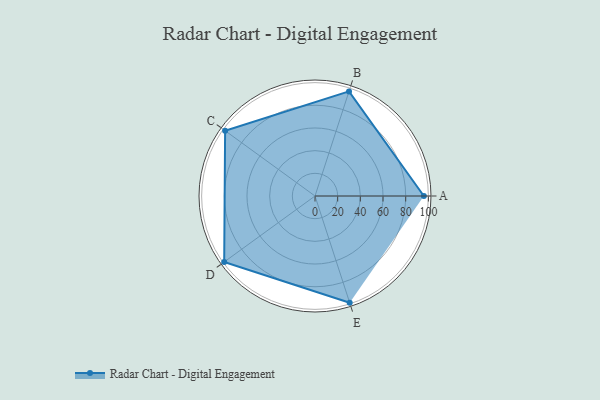
{"axis": {"x": "Skill", "y": "Score"}, "legend": ["Profile"], "data": [{"x": "A", "y": 96.0, "type": "Profile"}, {"x": "B", "y": 97.0, "type": "Profile"}, {"x": "C", "y": 98.0, "type": "Profile"}, {"x": "D", "y": 99, "type": "Profile"}, {"x": "E", "y": 99, "type": "Profile"}]}